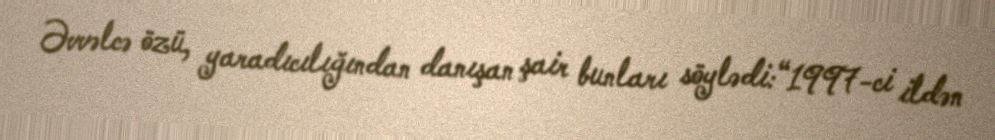
Əvvəlcə özü, yaradıcılığından danışan şair bunları söylədi:“1997-ci ildən